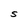
Character: 5